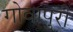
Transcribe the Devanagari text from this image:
गोवापुरी